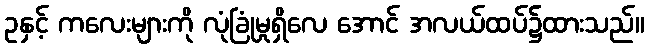
ဥနှင့် ကလေးများကို လုံခြုံမှုရှိလေ အောင် အလယ်ထပ်၌ထားသည်။